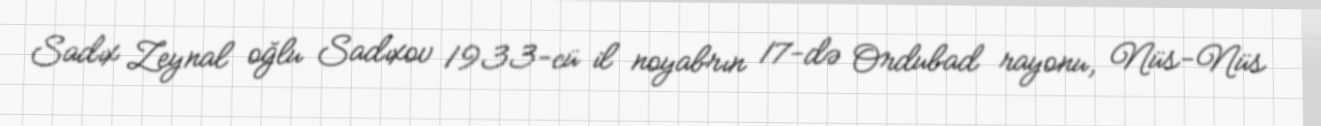
Sadıx Zeynal oğlu Sadıxov 1933-cü il noyabrın 17-də Ordubad rayonu, Nüs-Nüs